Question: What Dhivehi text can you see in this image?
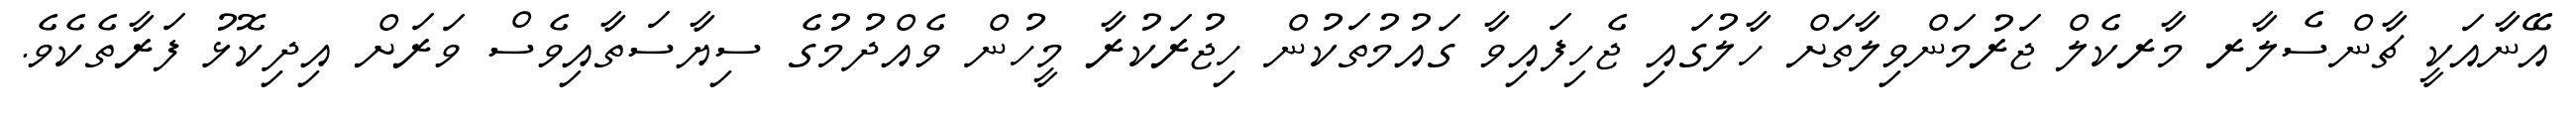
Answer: އޭނާއަކީ ޗާންސެލާރ މާރކެލް ޖަރުމަންވިލާތަށް ހާލުގައި ޖެހިފައިވާ ގައުމުތަކުން ހިޖުރަކުރާ މީހުން ވެއްދުމުގެ ސިޔާސަތާއިވެސް ވަރަށް އިދިކޮޅު ފަރާތެކެވެ.